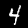
Digit: 4